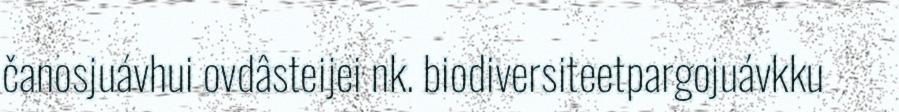
čanosjuávhui ovdâsteijei nk. biodiversiteetpargojuávkku